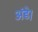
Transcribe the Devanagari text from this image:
अंडे।